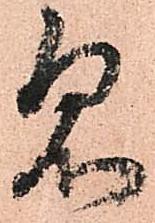
急